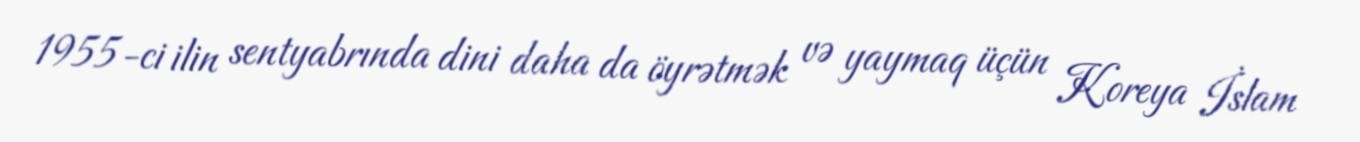
1955-ci ilin sentyabrında dini daha da öyrətmək və yaymaq üçün Koreya İslam